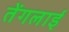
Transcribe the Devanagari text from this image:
तेंगलाई